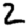
Digit: 2